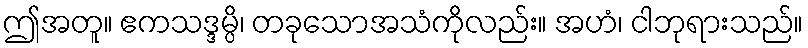
ဤအတူ။ ဧကသဒ္ဒမ္ပိ၊ တခုသောအသံကိုလည်း။ အဟံ၊ ငါဘုရားသည်။